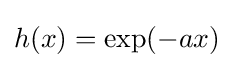
h(x)=\exp({-ax})